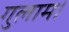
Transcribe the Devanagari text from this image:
गुलाम।